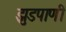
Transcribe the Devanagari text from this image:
झुडपाणी